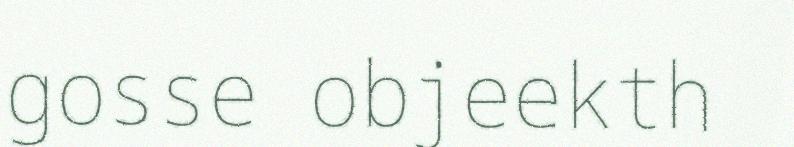
gosse objeekth